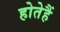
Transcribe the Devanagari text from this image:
होतेहैं